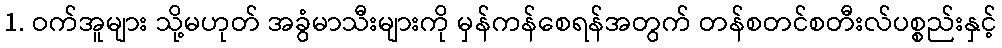
1. ဝက်အူများ သို့မဟုတ် အခွံမာသီးများကို မှန်ကန်စေရန်အတွက် တန်စတင်စတီးလ်ပစ္စည်းနှင့်